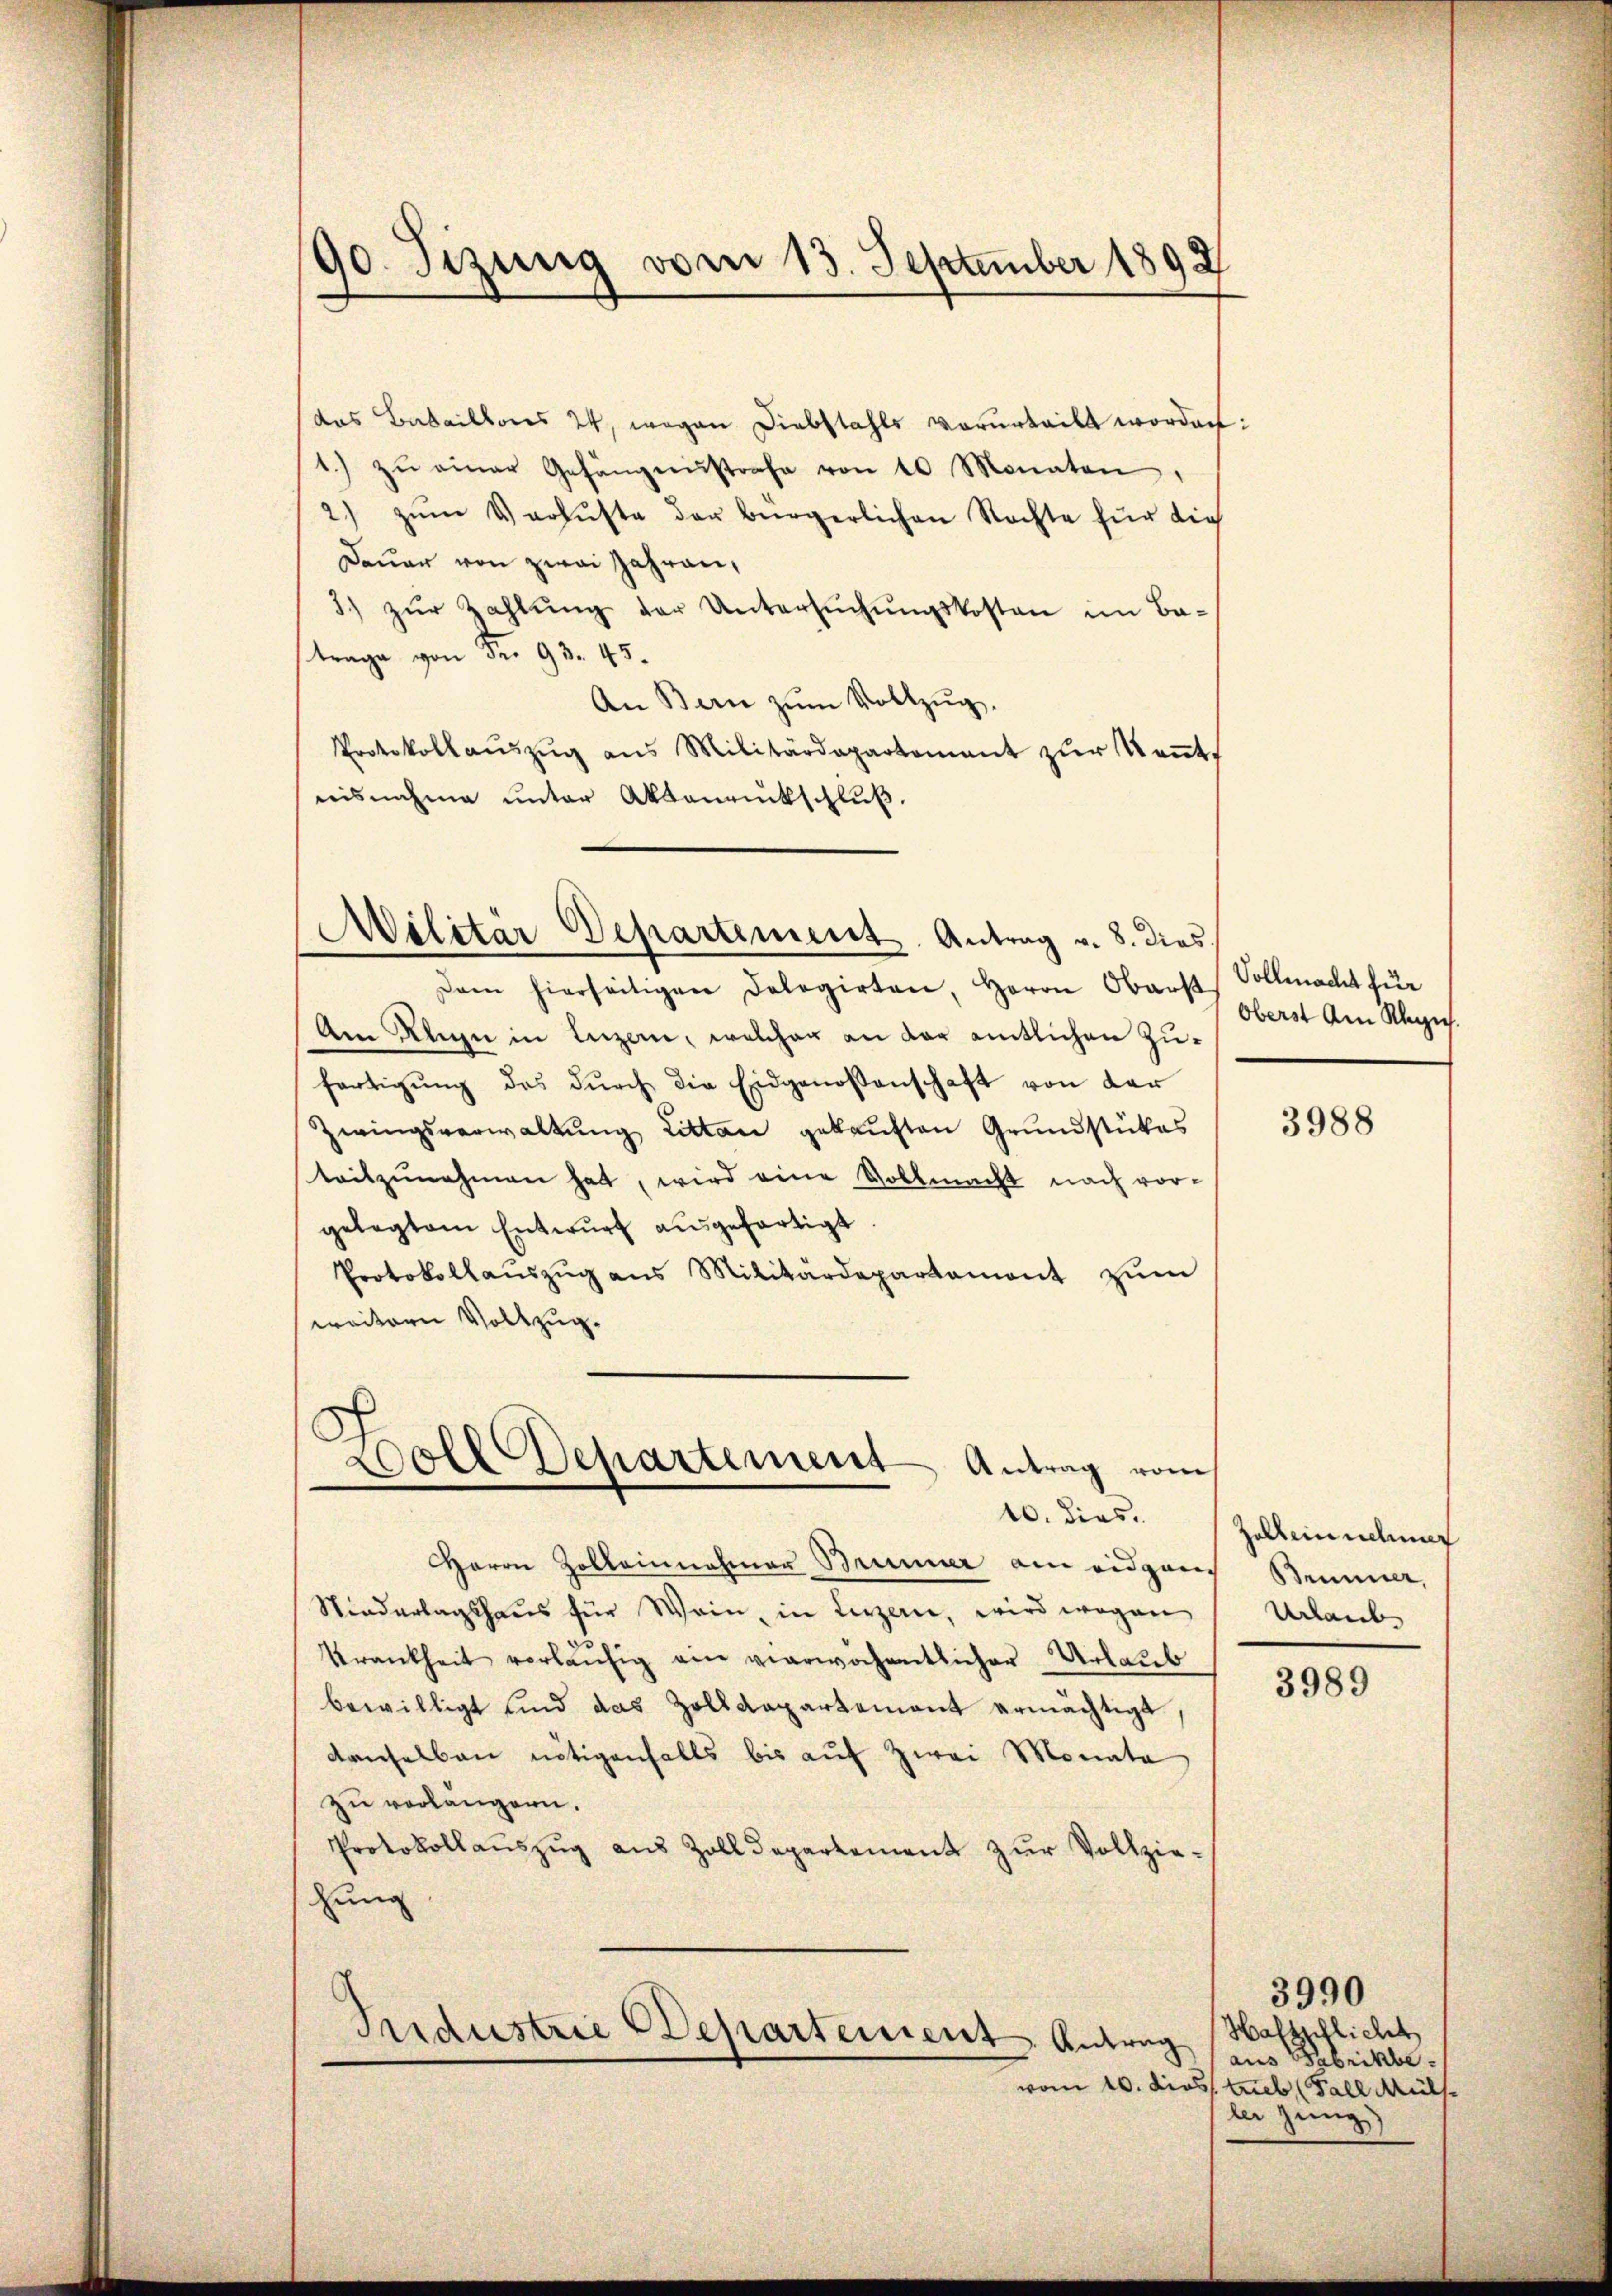
90. Sizung vom 13. September 1892

das Bataillos 24, wegen Diebstahls vorurteilt worden:
1.) zŭ einer Gehängnistrafe von 10 Monaten
2) zŭm Verluste der bürgerlichen Rechte für die
Dauer von zwei Jahren,
3.) zŭr Zahlŭng der Untersŭchŭngskosten im Batrage von Fr. 93. 45.
An Bern zŭm Vollzŭg.
Protokollaŭszŭg ans Militärdepartement zŭr Keṅt
nisnahme unter Aktenrückschluß.

Militar Departement Antrag v. 8. dies

Woll
Departement Antrag vom
10. dies.

Dann hierseitigen Dolegirten, Herrn Oberst
Am Klinie in Luzern, welcher an der amtlichen Zufertigŭng des dŭrch die Eidgenossenschaft von der
Zwingsverwaltŭng Litten gekauften Grundstückes
teitzŭnahmen hat, wird eine Vollmacht nach vorgelegtem Entwurf ausgefertigt
Protokollaŭszŭg ans Militärdepartemont zŭm
weitern Vollzug.
Herrn Zolleinnahmer Brunner am eidgand
Niederlagshaus für Wein, in Luzern, wird wegen
Krankheit vorläŭfig am vierwochentlicher Urlaub
bewilligt sind das Zolldepartement ermächtigt
denselben nötigenfalls bis auf zwei Monata
zu vorlängern.
Protokollauszug aus Zolldepartement zur Vollziezung

Industrie Departement Antrag

Vollmacht für
Oberst am Klerich.

3988

zallein nehmer
Bemmer,
Urlaub

3989

Haftpflicht
aus Fabrikbe
vom 10. dies lieb Fall Müll
ler jung)

3990